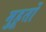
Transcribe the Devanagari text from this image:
मुहूर्तो